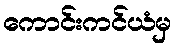
ကောင်းကင်ယံမှ